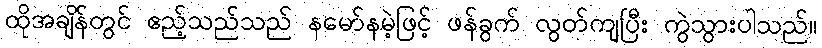
ထိုအချိန်တွင် ဧည့်သည်သည် နမော်နမဲ့ဖြင့် ဖန်ခွက် လွတ်ကျပြီး ကွဲသွားပါသည်။